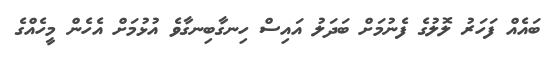
ބައެއް ފަހަރު ލޮލުގެ ފެނުމަށް ބަދަލު އައިސް ހިނގާބިނގާވެ އުޅުމަށް އެހެން މީހެއްގެ